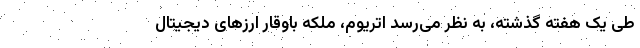
طی یک هفته گذشته، به نظر می‌رسد اتریوم، ملکه باوقار ارزهای دیجیتال